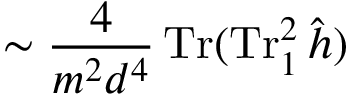
\sim \frac { 4 } { m ^ { 2 } d ^ { 4 } } \operatorname { T r } ( \operatorname { T r } _ { 1 } ^ { 2 } \hat { h } )